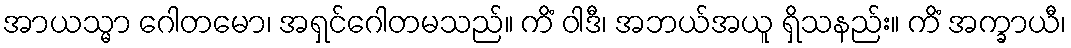
အာယသ္မာ ဂေါတမော၊ အရှင်ဂေါတမသည်။ ကိံ ဝါဒီ၊ အဘယ်အယူ ရှိသနည်း။ ကိံ အက္ခာယီ၊